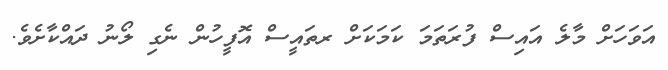
އަވަހަށް މާލެ އައިސް ފުރަތަމަ ކަމަކަށް ރތައީސް އޮފީހުން ނެގި ލޯނު ދައްކާށެވެ.